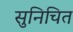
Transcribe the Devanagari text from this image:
सुनिचित